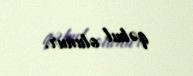
qəbul olunur.